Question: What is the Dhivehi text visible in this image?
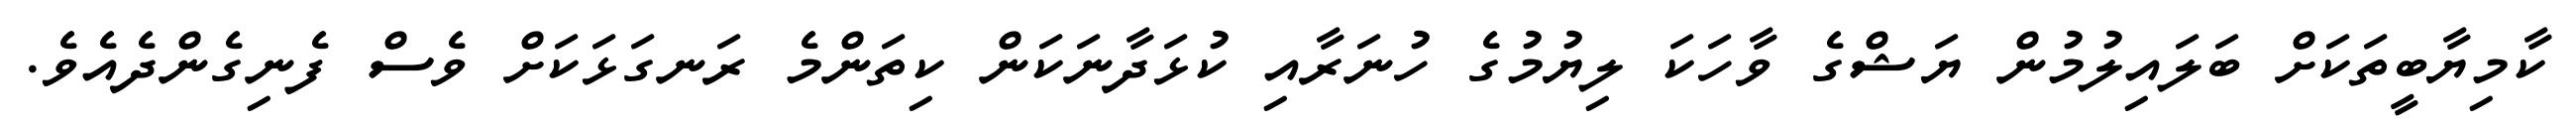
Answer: ކާމިޔާބީތަކަށް ބަލައިލުމުން ޔަޝްގެ ވާހަކަ ލިޔުމުގެ ހުނަރާއި ކުޅަދާނަކަން ކިތަންމެ ރަނގަޅަކަށް ވެސް ފެނިގެންދެއެވެ.